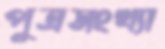
পুত্রসংখ্যা